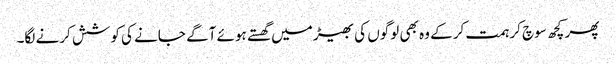
پھر کچھ سوچ کر ہمت کر کے وہ بھی لوگوں کی بھیڑ میں گھستے ہوئے آگے جانے کی کوشش کرنے لگا۔